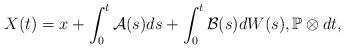
LaTeX: \begin{align*}X(t) = x + \int_0^t \mathcal{A}(s) ds + \int_0^t \mathcal{B}(s) dW(s) , \mathbb{P}\otimes dt ,\end{align*}